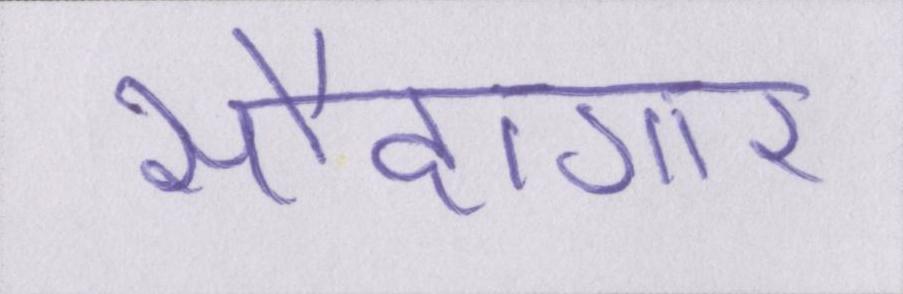
सौदागार